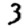
Digit: 3